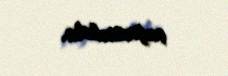
çağırmalıdır.